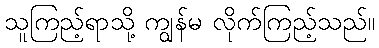
သူကြည့်ရာသို့ ကျွန်မ လိုက်ကြည့်သည်။